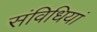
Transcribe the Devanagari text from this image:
संविधियां